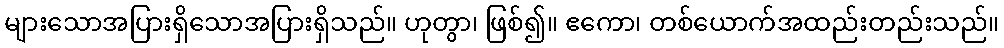
များသောအပြားရှိသောအပြားရှိသည်။ ဟုတွာ၊ ဖြစ်၍။ ဧကော၊ တစ်ယောက်အထည်းတည်းသည်။